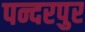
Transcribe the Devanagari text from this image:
पन्दरपुर